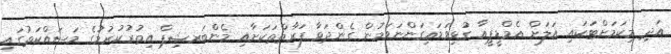
އަދި މިކަމަށްޓަކައި އަލަށް އެމްޑީޕީއާ ގުޅިވަޑައިގަންނަވަމުން ގެންދަވާ ފަރާތްތަކަށާއި މެންބަރޝިޕް އިތުރުކުރުމުގެ މަސައްކަތުގައި